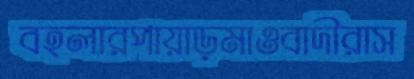
বহলারপায়াড়মাওবাদীরাস